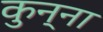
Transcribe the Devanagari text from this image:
कुन्ना